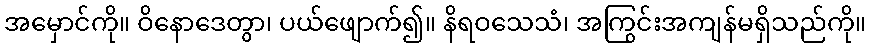
အမှောင်ကို။ ဝိနောဒေတွာ၊ ပယ်ဖျောက်၍။ နိရဝသေသံ၊ အကြွင်းအကျန်မရှိသည်ကို။